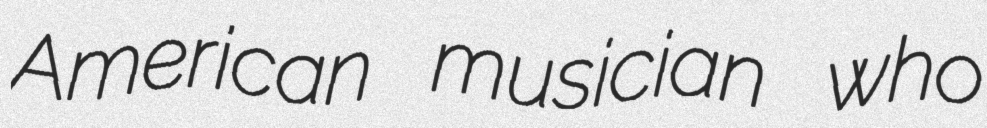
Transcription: American musician who